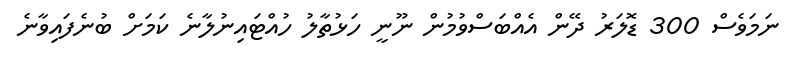
ނަމަވެސް 300 ޑޮލަރު ދޭން އެއްބަސްވުމުން ނޫނީ ހަޅުތާލު ހުއްޓައިނުލާނެ ކަމަށް ބުނެފައިވާނެ